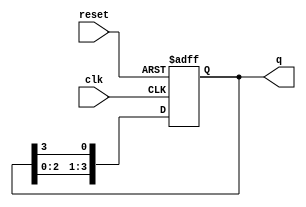
module ring_counter #(parameter N = 4) (
    input wire clk,       // Clock input
    input wire reset,     // Asynchronous reset input
    output reg [N-1:0] q // Output state of the counter
);

    // Initial state of the counter
    initial begin
        q = 1'b1; // Start with the first flip-flop set to '1'
    end

    // Sequential logic for the ring counter
    always @(posedge clk or posedge reset) begin
        if (reset) begin
            // Reset the counter to initial state
            q <= 1'b1; // Set the first flip-flop to '1'
        end else begin
            // Shift the '1' around the ring
            q <= {q[N-2:0], q[N-1]}; // Shift left, feed last bit to first
        end
    end

endmodule